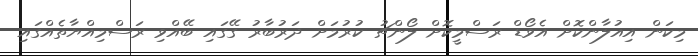
މިކަން އިއުލާންކޮށް އެވޯޑް ރަސްމީކޮށް ލޯންޗު ކުުރުމަށް ދަރުބާރު ގޭގައި ބޭއްވި ރަސްމިއްޔާތެއްގައި